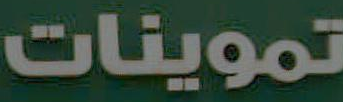
تموينات